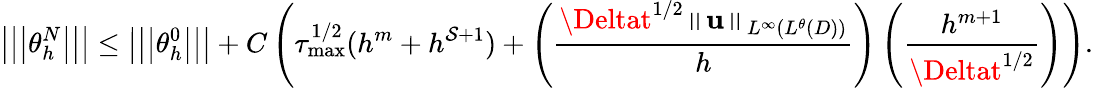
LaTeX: \left\vert\left\vert\left\vert\theta_{h}^{N}\right\vert\right\vert\right\vert\leq\left\vert\left\vert\left\vert\theta_{h}^{0}\right\vert\right\vert\right\vert+C\left(\tau_{\operatorname*{max}}^{1/2}(h^{m}+h^{\mathcal{S}+1})+\left(\frac{{\Deltat^{1/2}\left\Vert\mathbf{{u}}\right\Vert_{L^{\infty}(L^{\theta}(D))}}}{{h}}\right)\left(\frac{{h^{m+1}}}{{\Deltat^{1/2}}}\right)\right).